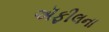
ઍફીલના